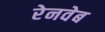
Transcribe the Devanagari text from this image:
रेनवेब